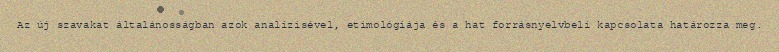
Az új szavakat általánosságban azok analízisével, etimológiája és a hat forrásnyelvbeli kapcsolata határozza meg.